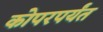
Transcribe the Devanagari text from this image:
कोपरपर्यंत